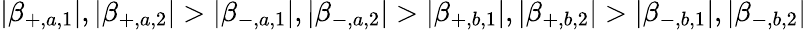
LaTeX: |\beta_{+,a,1}|,|\beta_{+,a,2}|>|\beta_{-,a,1}|,|\beta_{-,a,2}|>|\beta_{+,b,1}|,|\beta_{+,b,2}|>|\beta_{-,b,1}|,|\beta_{-,b,2}|